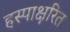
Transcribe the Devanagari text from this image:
हस्पाक्षरित